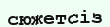
сюжетсіз